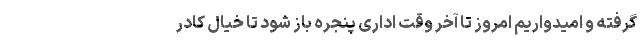
گرفته و امیدواریم امروز تا آخر وقت اداری پنجره باز شود تا خیال کادر